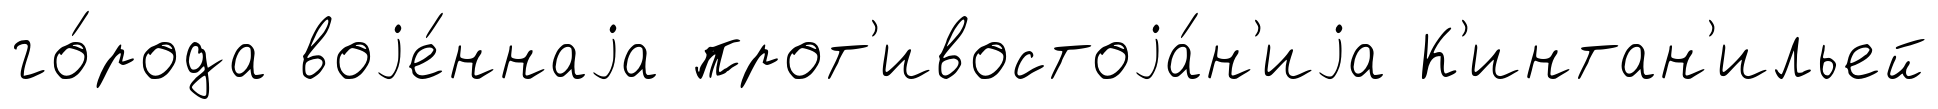
го́рода воjе́ннаjа прот'ивостоjа́н'иjа К'интан'ильей